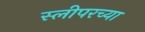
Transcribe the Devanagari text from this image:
स्लीपरच्या